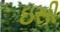
ઇસી